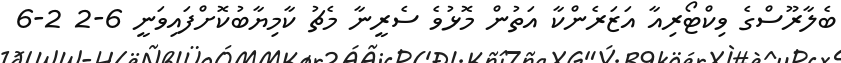
ބެލާރޫސްގެ ވިކްޓޯރިއާ އަޒަރެންކާ އަތުން މޮޅުވެ ސެރީނާ މެޗު ކާމިޔާބުކޮށްފައިވަނީ 6-2 2-6